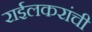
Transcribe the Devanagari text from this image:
राईलकरांची